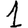
Digit: 1